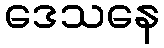
ဒေသနေ